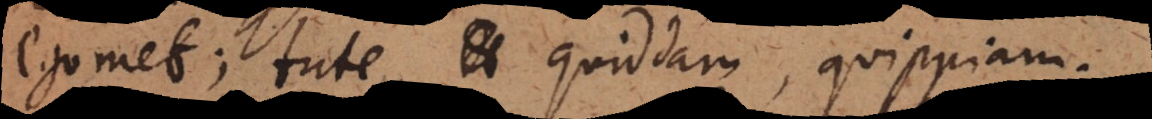
egomet; tute, quiddam, quippiam.